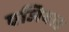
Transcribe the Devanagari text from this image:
एजियाड